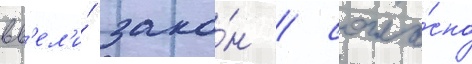
вв'ел'и́ зако́н / согла́сно